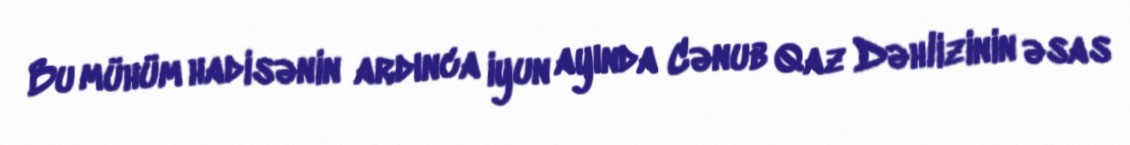
Bu mühüm hadisənin ardınca iyun ayında Cənub Qaz Dəhlizinin əsas